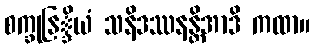
စက္ခုနြ္ဒိယံ သနိဒဿနန္တိအာဒိ ကထာ။